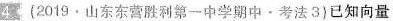
4 (2019·山东东营胜利第一中学期中·考法3)已知向量